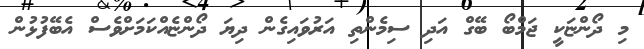
މި ދޯންޏަކީ ޖަމްބޯ ބޭގް އަދި ސިމެންތި އަރުވައިގެން ދިޔަ ދޯންޏެއްކަމަށްވެސް އެބޭފުޅުން